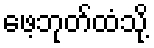
ဖေ့ဘုတ်ထံသို့